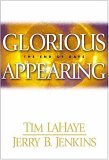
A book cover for Glorious Appearing: The End of Days (Left Behind #12); Tim F. LaHaye; Jerry B. Jenkins; Religion & Spirituality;